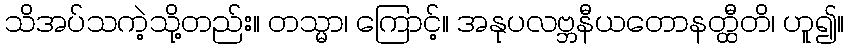
သိအပ်သကဲ့သို့တည်း။ တသ္မာ၊ ကြောင့်။ အနုပလဗ္ဘနီယတောနတ္ထီတိ၊ ဟူ၍။